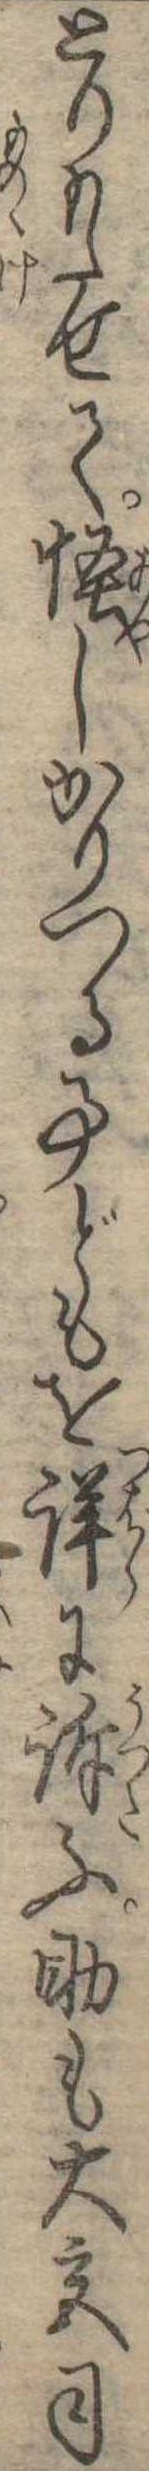
とりもたせて怪しかりつる事どもを詳に訴ふ助も大宮司